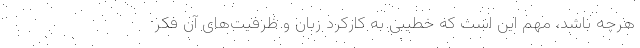
هرچه باشد، مهم این است که خطیبی به کارکردِ زبان و ظرفیت‌های آن فکر